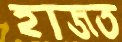
হাজত